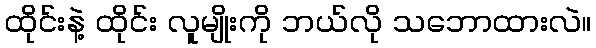
ထိုင်းနဲ့ ထိုင်း လူမျိုးကို ဘယ်လို သဘောထားလဲ။